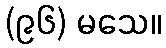
(၉၆) မသေ။